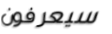
سيعرفون